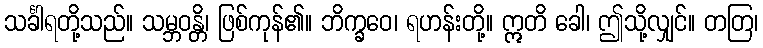
သင်္ခါရတို့သည်။ သမ္ဘဝန္တိ၊ ဖြစ်ကုန်၏။ ဘိက္ခဝေ၊ ရဟန်းတို့။ ဣတိ ခေါ၊ ဤသို့လျှင်။ တတြ၊